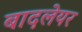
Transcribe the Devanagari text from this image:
बादलेयर